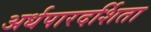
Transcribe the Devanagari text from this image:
अर्धपारदर्शिता